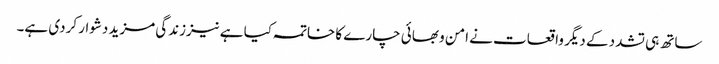
ساتھ ہی تشدد کے دیگر واقعات نے امن و بھائی چارے کا خاتمہ کیا ہے نیززندگی مزید دشوار کردی ہے۔